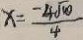
x = \frac { - 4 \sqrt { 1 0 } } { 4 }